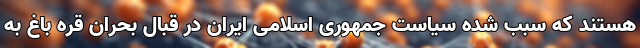
هستند که سبب شده سیاست جمهوری اسلامی ایران در قبال بحران قره باغ به